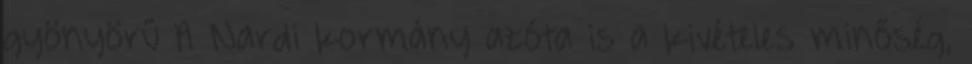
gyönyörű A Nardi kormány azóta is a kivételes minőség,